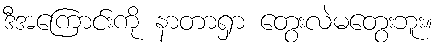
ဒီအကြောင်းကို နာတာရှာ တွေးလဲမတွေးဘူး။